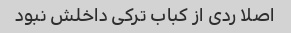
اصلا ردی از کباب ترکی داخلش نبود